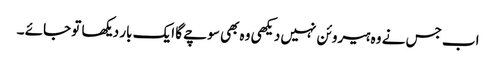
اب جس نے وہ ہیروئن نہیں دیکھی وہ بھی سوچے گا ایک بار دیکھا تو جائے ۔